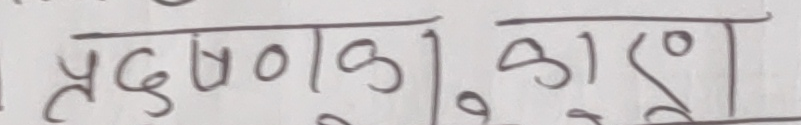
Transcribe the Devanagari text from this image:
प्रदूषण | कारण